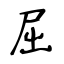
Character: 屈